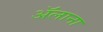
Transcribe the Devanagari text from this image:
ॲलाना